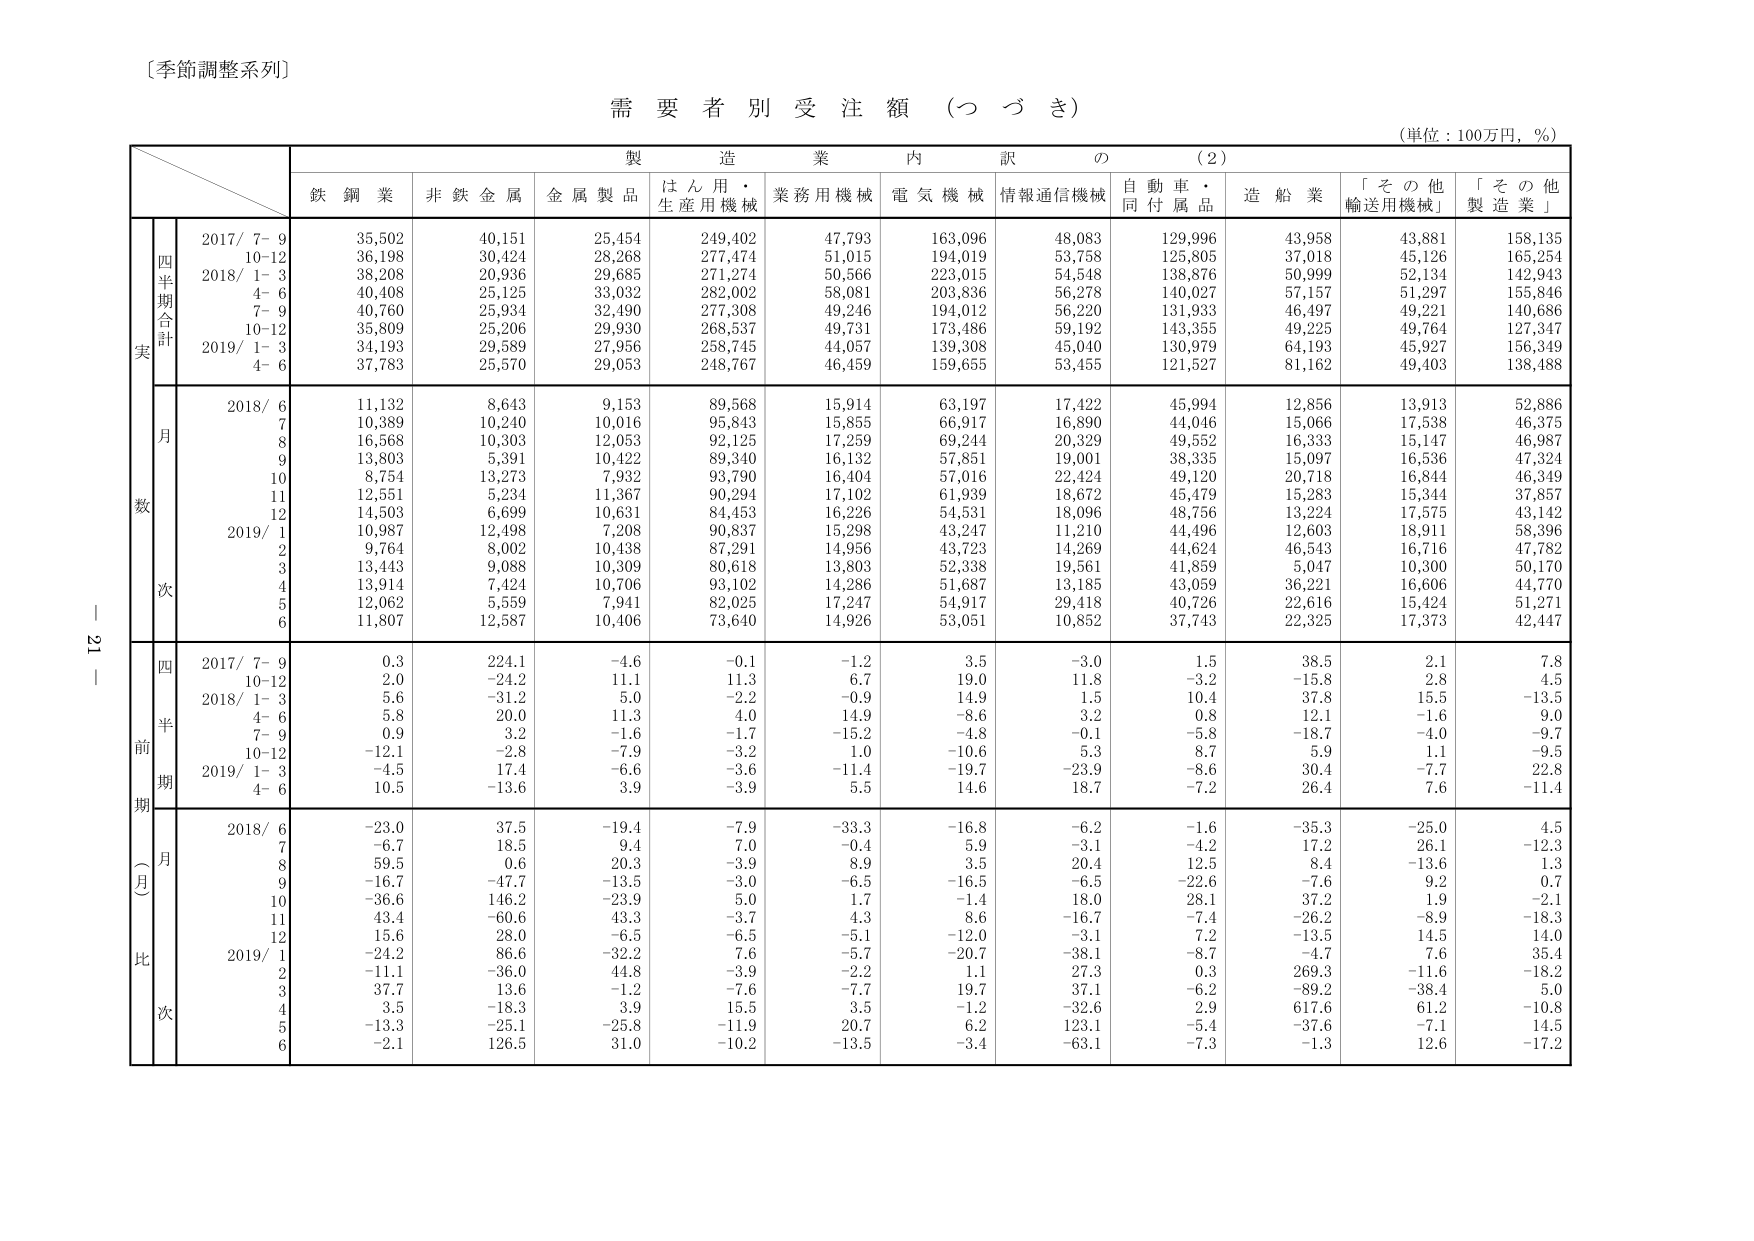
〔季節調整系列〕

需要者別受注額（つづき）

（単位：100万円，％）

製造業内訳の（2）

鉄鋼業　非鉄金属　金属製品　はん用・生産用機械　業務用機械　電気機械　情報通信機械　自動車・同付属品　造船業　「その他輸送用機械」　「その他製造業」

実数

四半期合計

2017/ 7- 9　35,502　40,151　25,454　249,402　47,793　163,096　48,083　129,996　43,958　43,881　158,135
10-12　36,198　30,424　28,268　277,474　51,015　194,019　53,758　125,805　37,018　45,126　165,254
2018/ 1- 3　38,208　20,936　29,685　271,274　50,566　223,015　54,548　138,876　50,999　52,134　142,943
4- 6　40,408　25,125　33,032　282,002　58,081　203,836　56,278　140,027　57,157　51,297　155,846
7- 9　40,760　25,934　32,490　277,308　49,246　194,012　56,220　131,933　46,497　49,221　140,686
10-12　35,809　25,206　29,930　268,537　49,731　173,486　59,192　143,355　49,225　49,764　127,347
2019/ 1- 3　34,193　29,589　27,956　258,745　44,057　139,308　45,040　130,979　64,193　45,927　156,349
4- 6　37,783　25,570　29,053　248,767　46,459　159,655　53,455　121,527　81,162　49,403　138,488

月次

2018/ 6　11,132　8,643　9,153　89,568　15,914　63,197　17,422　45,994　12,856　13,913　52,886
7　10,389　10,240　10,016　95,843　15,855　66,917　16,890　44,046　15,066　17,538　46,375
8　16,568　10,303　12,053　92,125　17,259　69,244　20,329　49,552　16,333　15,147　46,987
9　13,803　5,391　10,422　89,340　16,132　57,851　19,001　38,335　15,097　16,536　47,324
10　8,754　13,273　7,932　93,790　16,404　57,016　22,424　49,120　20,718　16,844　46,349
11　12,551　5,234　11,367　90,294　17,102　61,939　18,672　45,479　15,283　15,344　37,857
12　14,503　6,699　10,631　84,453　16,226　54,531　18,096　48,756　13,224　17,575　43,142
2019/ 1　10,987　12,498　7,208　90,837　15,298　43,247　11,210　44,496　12,603　18,911　58,396
2　9,764　8,002　10,438　87,291　14,956　43,723　14,269　44,624　46,543　16,716　47,782
3　13,443　9,088　10,309　80,618　13,803　52,338　19,561　41,859　5,047　10,300　50,170
4　13,914　7,424　10,706　93,102　14,286　51,687　13,185　43,059　36,221　16,606　44,770
5　12,062　5,559　7,941　82,025　17,247　54,917　29,418　40,726　22,616　15,424　51,271
6　11,807　12,587　10,406　73,640　14,926　53,051　10,852　37,743　22,325　17,373　42,447

前月比

四半期

2017/ 7- 9　0.3　224.1　-4.6　-0.1　-1.2　3.5　-3.0　1.5　38.5　2.1　7.8
10-12　2.0　-24.2　11.1　11.3　6.7　19.0　11.8　-3.2　-15.8　2.8　4.5
2018/ 1- 3　5.6　-31.2　5.0　-2.2　-0.9　14.9　1.5　10.4　37.8　15.5　-13.5
4- 6　5.8　20.0　11.3　4.0　14.9　-8.6　3.2　0.8　12.1　-1.6　9.0
7- 9　0.9　3.2　-1.6　-1.7　-15.2　-4.8　-0.1　-5.8　-18.7　-4.0　-9.7
10-12　-12.1　-2.8　-7.9　-3.2　1.0　-10.6　5.3　8.7　5.9　1.1　-9.5
2019/ 1- 3　-4.5　17.4　-6.6　-3.6　-11.4　-19.7　-23.9　-8.6　30.4　-7.7　22.8
4- 6　10.5　-13.6　3.9　-3.9　5.5　14.6　18.7　-7.2　26.4　7.6　-11.4

月次

2018/ 6　-23.0　37.5　-19.4　-7.9　-33.3　-16.8　-6.2　-1.6　-35.3　-25.0　4.5
7　-6.7　18.5　9.4　7.0　-0.4　5.9　-3.1　-4.2　17.2　26.1　-12.3
8　59.5　0.6　20.3　-3.9　8.9　3.5　20.4　12.5　8.4　-13.6　1.3
9　-16.7　-47.7　-13.5　-3.0　-6.5　-16.5　-6.5　-22.6　-7.6　9.2　0.7
10　-36.6　146.2　-23.9　5.0　1.7　-1.4　18.0　28.1　37.2　1.9　-2.1
11　43.4　-60.6　43.3　-3.7　4.3　8.6　-16.7　-7.4　-26.2　-8.9　-18.3
12　15.6　28.0　-6.5　-6.5　-5.1　-12.0　-3.1　7.2　-13.5　14.5　14.0
2019/ 1　-24.2　86.6　-32.2　7.6　-5.7　-20.7　-38.1　-8.7　-4.7　7.6　35.4
2　-11.1　-36.0　44.8　-3.9　-2.2　1.1　27.3　0.3　269.3　-11.6　-18.2
3　37.7　13.6　-1.2　-7.6　-7.7　19.7　37.1　-6.2　-89.2　-38.4　5.0
4　3.5　-18.3　3.9　15.5　3.5　-1.2　-32.6　2.9　617.6　61.2　-10.8
5　-13.3　-25.1　-25.8　-11.9　20.7　6.2　123.1　-5.4　-37.6　-7.1　14.5
6　-2.1　126.5　31.0　-10.2　-13.5　-3.4　-63.1　-7.3　-1.3　12.6　-17.2

ー 21 ー